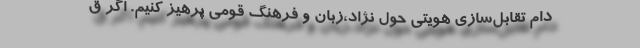
دام تقابل‌سازی هویتی حول نژاد،زبان و فرهنگ قومی پرهیز کنیم. اگر ق